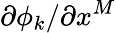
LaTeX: \partial\phi_{k}/\partial x^{M}